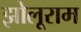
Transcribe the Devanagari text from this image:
झोलूराम